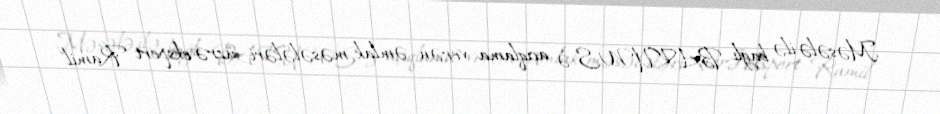
Məsələ ilə bağlı BAKU.WS-ə açıqlama verən əmlak məsələləri üzrə ekspert Ramil